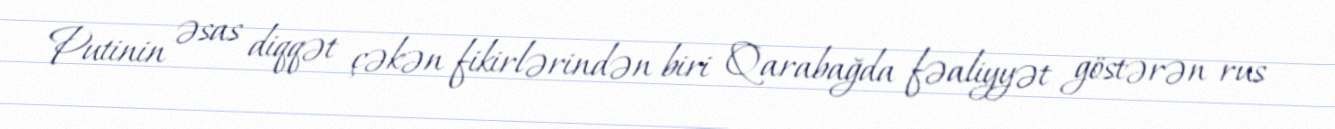
Putinin əsas diqqət çəkən fikirlərindən biri Qarabağda fəaliyyət göstərən rus